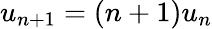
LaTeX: u_{n+1}=(n+1)u_{n}